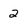
Character: 2